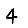
Digit: 4